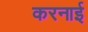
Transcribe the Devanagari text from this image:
करनाई